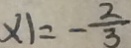
x _ { 1 } = - \frac { 2 } { 3 }